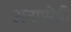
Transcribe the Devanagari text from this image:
अनाप्पेडी